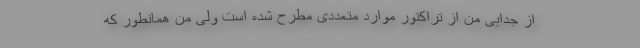
از جدایی من از تراکتور موارد متعددی مطرح شده است ولی من همانطور که